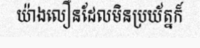
យ៉ាងលឿនដែលមិនប្រយ័ត្នក៏